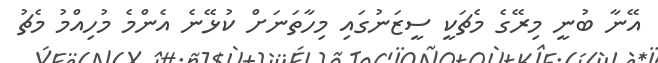
އޭނާ ބުނީ މިރޭގެ މެޗަކީ ސީޒަނުގައި މިހާތަނަށް ކުޅޭނެ އެންމެ މުހިއްމު މެޗު